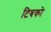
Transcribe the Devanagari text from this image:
टिबको